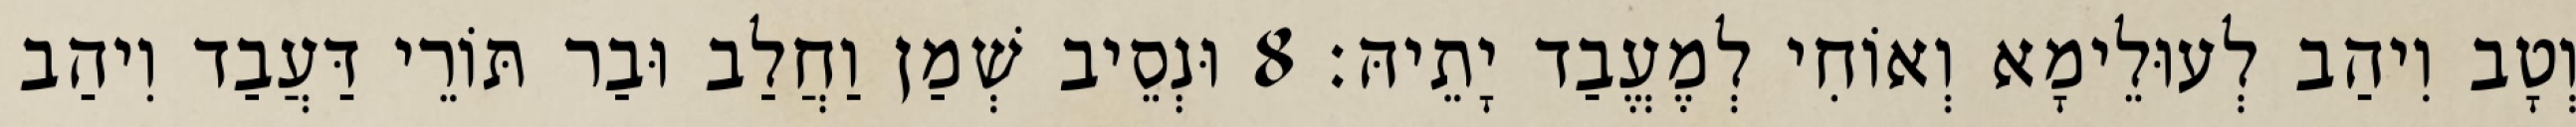
וְטָב וִיהַב לְעוּלֵימָא וְאוֹחִי לְמֶעֱבַד יָתֵיהּ׃ 8 וּנְסֵיב שְׁמַן וַחֲלַב וּבַר תּוֹרֵי דַּעֲבַד וִיהַב